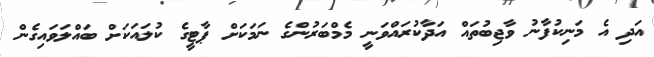
އަދި އެ މަނިކުފާނު ވާޖިބުތައް އަދާކުރައްވަނީ މެމްބަރުންގެ ނަމަކަށް ޕާޓީގެ ކުލައަކަށް ބައްލަވައިގެން